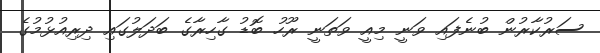
ސަރުކާރުން ބުނެފައި ވަނީ މިއީ ވަތަނީ ރޫހު ބޮޑު ގާހިރާގެ ބަދަލުގައި ދިރިއުޅުމުގެ